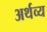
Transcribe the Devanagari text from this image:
अर्थव्य